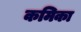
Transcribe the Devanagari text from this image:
कमिका